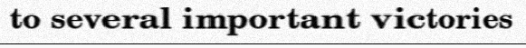
to several important victories